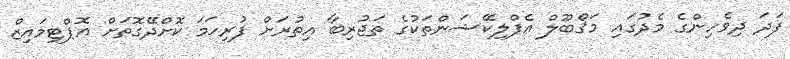
ފަދަ ދިވެހިންގެ މެދުގައި މަޤްބޫލް އެޕްލިކޭޝަންތަކުގެ ތަޖުރިބާ އިތުރަށް ފުރިހަމަ ކޮށްދޭގޮތަށް އޮޕްޓިމައިޒް